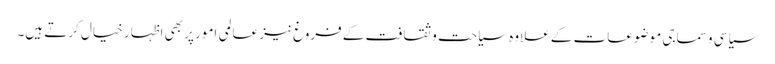
سیاسی و سماجی موضوعات کے علاوہ سیاحت و ثقافت کے فروغ نیز عالمی امور پر بھی اظہار خیال کرتے ہیں۔